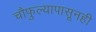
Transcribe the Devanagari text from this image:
चौफुल्यापासूनही